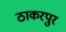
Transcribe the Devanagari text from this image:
ठाकरपुर